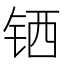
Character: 𬭄